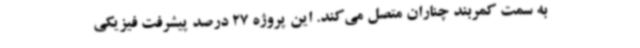
به سمت کمربند چناران متصل می‌کند. این پروژه 27 درصد پیشرفت فیزیکی